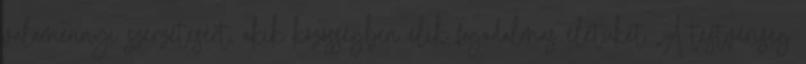
valamennyi szerzetesért, akik közösségben élik fogadalmas életüket „A testvériség